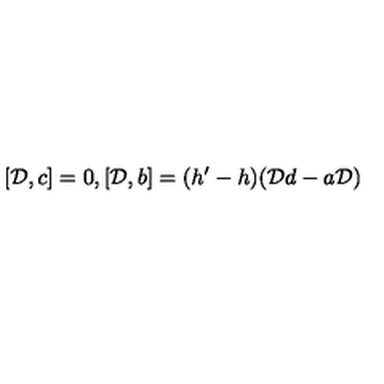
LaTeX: [ { \cal D } , c ] = 0 , [ { \cal D } , b ] = ( h ^ { \prime } - h ) ( { \cal D } d - a { \cal D } )